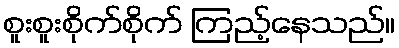
စူးစူးစိုက်စိုက် ကြည့်နေသည်။